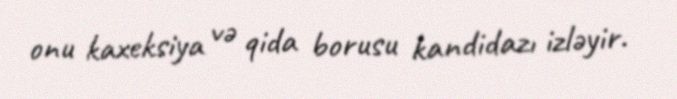
onu kaxeksiya və qida borusu kandidazı izləyir.